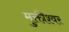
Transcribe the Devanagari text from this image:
मुक्तीश्वर